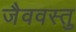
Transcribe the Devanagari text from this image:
जैववस्तु